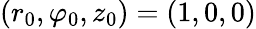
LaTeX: (r_{0},\varphi_{0},z_{0})=(1,0,0)